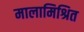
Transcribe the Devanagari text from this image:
मालामिश्रित